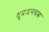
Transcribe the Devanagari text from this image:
ध्वजपथक